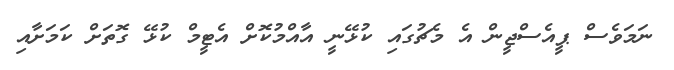
ނަމަވެސް ޕީއެސްޖީން އެ މެޗުގައި ކުޅޭނީ އާއްމުކޮށް އެޓީމް ކުޅޭ ގޮތަށް ކަމަށާއި